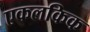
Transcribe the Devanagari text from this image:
एकलकिक